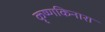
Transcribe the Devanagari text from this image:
कृष्णकिनारा